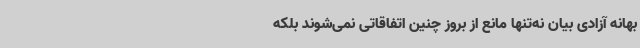
بهانه آزادی بیان نه‌تنها مانع از بروز چنین اتفاقاتی نمی‌شوند بلکه